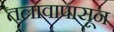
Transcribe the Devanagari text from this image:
तलावापासून